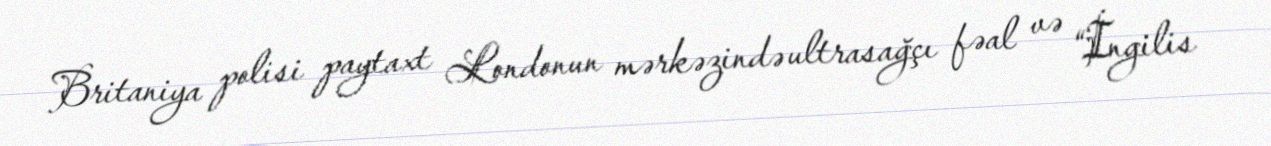
Britaniya polisi paytaxt Londonun mərkəzində ultrasağçı fəal və “İngilis